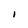
Character: I